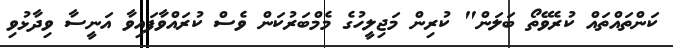
ކަންތައްތައް ކުރެވޭތޯ ބަލަން" ކުރިން މަޖިލީހުގެ މެމްބަރުކަން ވެސް ކުރައްވާފައިވާ އަނީސާ ވިދާޅުވި